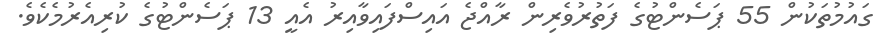
ގައުމުތަކުން 55 ޕަސެންޓުގެ ފަތުރުވެރިން ރާއްޖެ އައިސްފައިވާއިރު އެއީ 13 ޕަސެންޓުގެ ކުރިއެރުމެކެވެ.